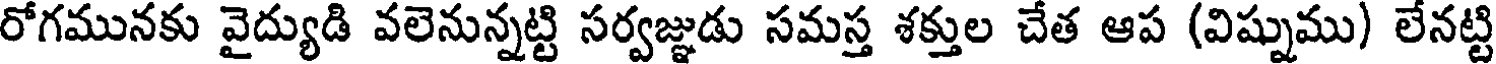
రోగమునకు వైద్యుడి వలెనున్నట్టి సర్వజ్ఞుడు సమస్త శక్తుల చేత ఆప (విష్నుము) లేనట్టి